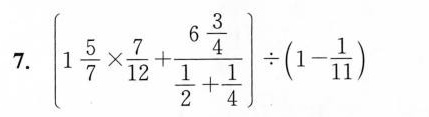
7.$$ \left[ 1 \frac { 5 } { 7 } \times \frac { 7 } { 1 2 } + \frac { 6 \frac { 3 } { 4 } } { \frac { 1 } { 2 } + \frac { 1 } { 4 } } \right ] \div ( 1 - \frac { 1 } { 1 1 } )$$